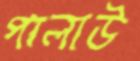
পালাউ